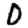
Digit: 0